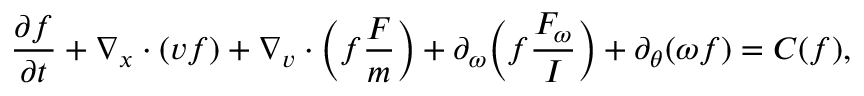
\frac { \partial f } { \partial t } + \nabla _ { \boldsymbol { x } } \cdot ( \boldsymbol { v } f ) + \nabla _ { \boldsymbol { v } } \cdot \Big ( f \frac { \boldsymbol { F } } { m } \Big ) + \partial _ { \omega } \Big ( f \frac { F _ { \omega } } { I } \Big ) + \partial _ { \theta } ( \omega f ) = C ( f ) ,